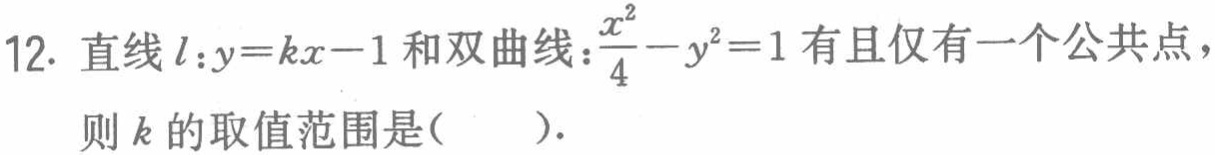
12. 直线\(l:y = kx - 1\)和双曲线\(\frac{x^{2}}{4}-y^{2}=1\)有且仅有一个公共点，则\(k\)的取值范围是(  ).